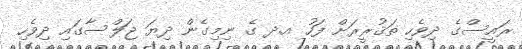
ރައީސްގެ ދިވެހި ތަޤުރީރަށް ފަހު އ.ދ ގެ ނިމިގެން ދިޔަ ޖަލްސާގައި ދިވެހި